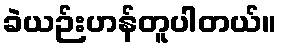
ခဲယဉ်းဟန်တူပါတယ်။